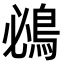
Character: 鴓